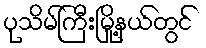
ပုသိမ်ကြီးမြို့နယ်တွင်